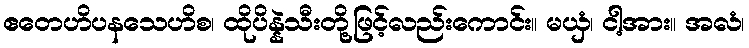
ဧတေဟိပနသေဟိစ၊ ထိုပိန္နဲသီးတို့ဖြင့်လည်းကောင်း။ မယှံ၊ ငါ့အား။ အလံ၊